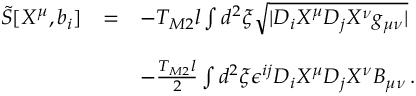
\begin{array} { r c l } { { { \tilde { S } } [ X ^ { \mu } , b _ { i } ] } } & { { = } } & { { - T _ { M 2 } l \int d ^ { 2 } \xi \sqrt { | D _ { i } X ^ { \mu } D _ { j } X ^ { \nu } g _ { \mu \nu } | } } } \\ { { } } & { { } } & { { } } \\ { { } } & { { } } & { { - { \textstyle \frac { T _ { M 2 } l } { 2 } } \int d ^ { 2 } \xi \epsilon ^ { i j } D _ { i } X ^ { \mu } D _ { j } X ^ { \nu } B _ { \mu \nu } \, . } } \end{array}